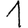
Digit: 1